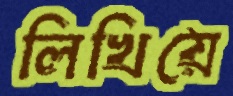
লিখিয়ে